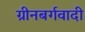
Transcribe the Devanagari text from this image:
ग्रीनबर्गवादी